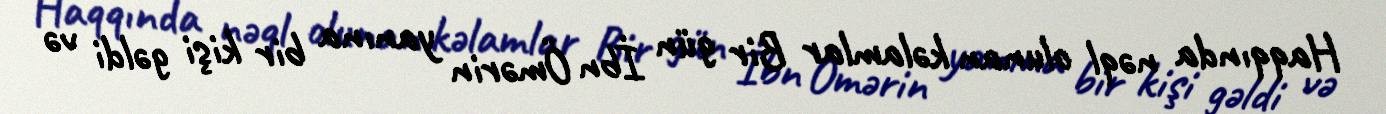
Haqqında nəql olunan kəlamlar Bir gün İbn Ömərin yanına bir kişi gəldi və